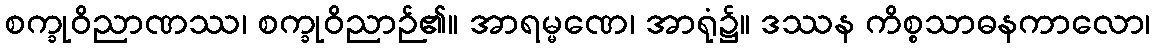
စက္ခုဝိညာဏဿ၊ စက္ခုဝိညာဉ်၏။ အာရမ္မဏေ၊ အာရုံ၌။ ဒဿန ကိစ္စသာဓနကာလော၊